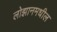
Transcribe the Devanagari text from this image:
लोझानमधील